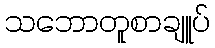
သဘောတူစာချူပ်